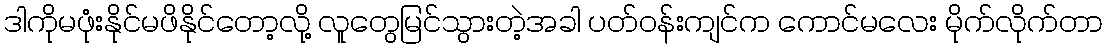
ဒါကိုမဖုံးနိုင်မဖိနိုင်တော့လို့ လူတွေမြင်သွားတဲ့အခါ ပတ်ဝန်းကျင်က ကောင်မလေး မိုက်လိုက်တာ